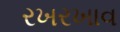
રખરખાવ